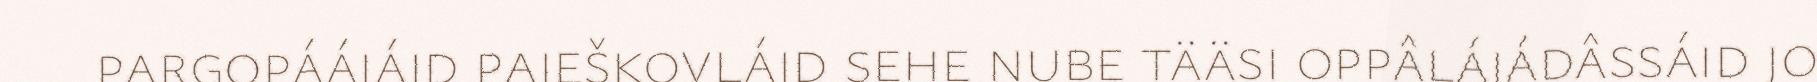
pargopáájáid paješkovláid sehe nube tääsi oppâlájádâssáid jo